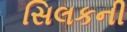
સિલકની